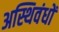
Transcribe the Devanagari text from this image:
अस्थिवंधों